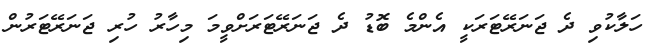
ހަލާކުވި ދެ ޖަނަރޭޓަރަކީ އެންމެ ބޮޑު ދެ ޖަނަރޭޓަރަށްވީމަ މިހާރު ހުރި ޖަނަރޭޓަރުން